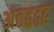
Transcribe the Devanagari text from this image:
अंतद्वद्वद्व